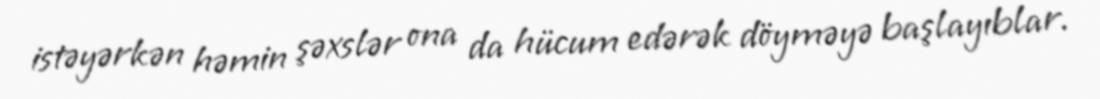
istəyərkən həmin şəxslər ona da hücum edərək döyməyə başlayıblar.